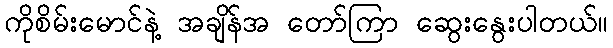
ကိုစိမ်းမောင်နဲ့ အချိန်အ တော်ကြာ ဆွေးနွေးပါတယ်။